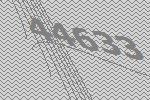
44633